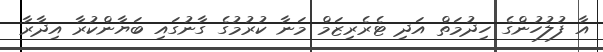
އާ ފުލުހުންގެ ހިދުމަތް އަދި ޓެރެރިޒަމް މަނާ ކުރުމުގެ ގާނުގައި ބަޔާންކުރާ އިދާރާ